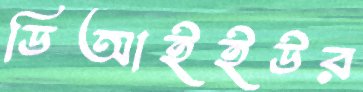
ডিআইইউর